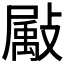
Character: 𫿗